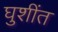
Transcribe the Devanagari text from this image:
घुशींत